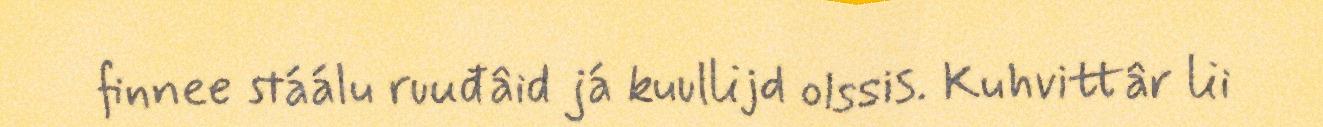
finnee stáálu ruuđâid já kuullijd olssis. Kuhvittâr lii